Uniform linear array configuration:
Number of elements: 32
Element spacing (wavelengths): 0.25
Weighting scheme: exponential
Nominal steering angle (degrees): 45
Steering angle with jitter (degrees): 44.843
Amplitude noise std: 0.05
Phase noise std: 0.05

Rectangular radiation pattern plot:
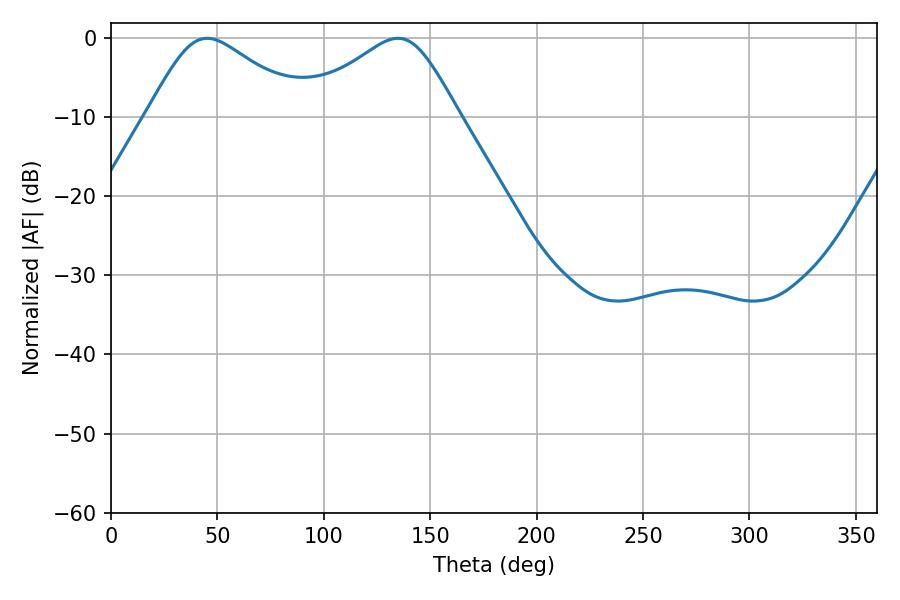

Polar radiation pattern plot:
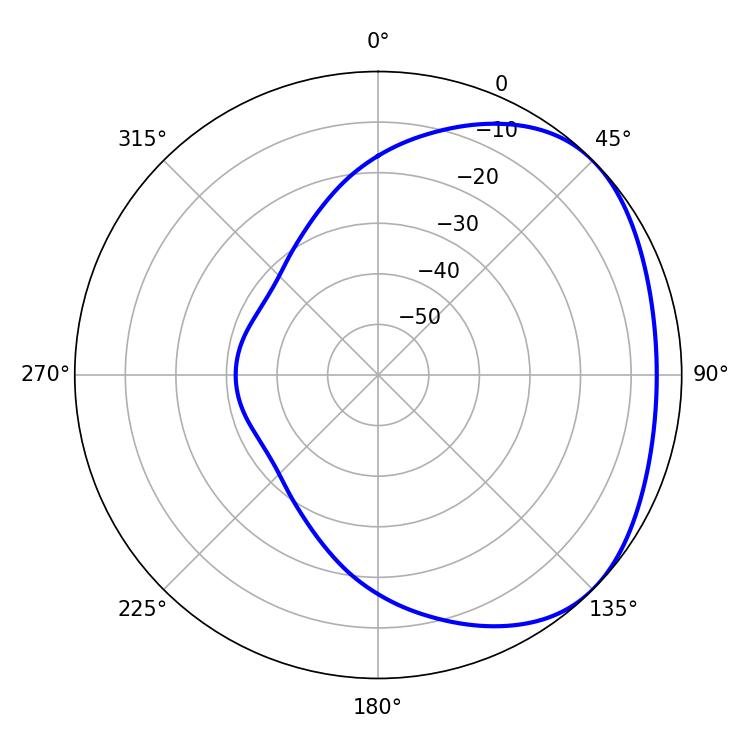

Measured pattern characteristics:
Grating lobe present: FALSE
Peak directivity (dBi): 2.636
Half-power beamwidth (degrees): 36.54
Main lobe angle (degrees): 45.18